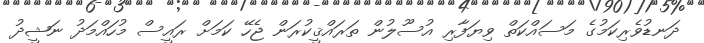
ދަނޑުވެރިކަމުގެ މަސައްކަތް ވިޔަފާރި އުސޫލުން ތަރައްޤީކުރަން ޖެހޭ ކަމަށް ރައީސް މުހައްމަދު ނަޝީދު